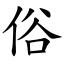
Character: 俗